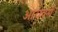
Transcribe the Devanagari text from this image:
आयवर्ग